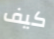
كيف